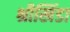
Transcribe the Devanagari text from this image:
श्रीखिंडा